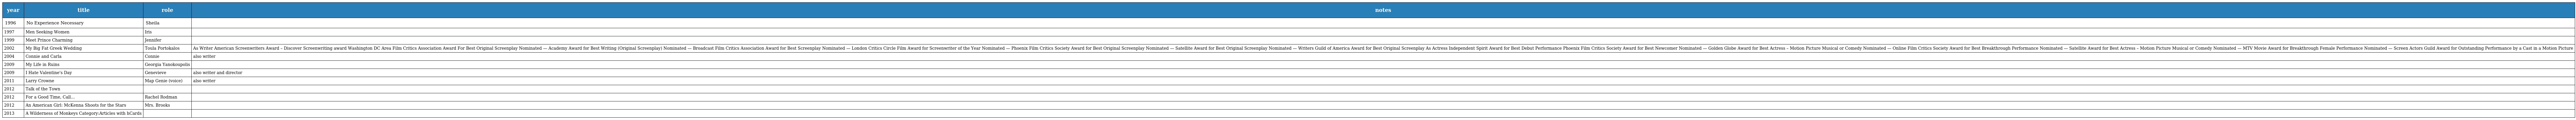
| year | title | role | notes |
 | --- | --- | --- | --- |
 | 1996 | No Experience Necessary | Sheila |  |
 | 1997 | Men Seeking Women | Iris |  |
 | 1999 | Meet Prince Charming | Jennifer |  |
 | 2002 | My Big Fat Greek Wedding | Toula Portokalos | As Writer American Screenwriters Award – Discover Screenwriting award Washington DC Area Film Critics Association Award For Best Original Screenplay Nominated — Academy Award for Best Writing (Original Screenplay) Nominated — Broadcast Film Critics Association Award for Best Screenplay Nominated — London Critics Circle Film Award for Screenwriter of the Year Nominated — Phoenix Film Critics Society Award for Best Original Screenplay Nominated — Satellite Award for Best Original Screenplay Nominated — Writers Guild of America Award for Best Original Screenplay As Actress Independent Spirit Award for Best Debut Performance Phoenix Film Critics Society Award for Best Newcomer Nominated — Golden Globe Award for Best Actress – Motion Picture Musical or Comedy Nominated — Online Film Critics Society Award for Best Breakthrough Performance Nominated — Satellite Award for Best Actress – Motion Picture Musical or Comedy Nominated — MTV Movie Award for Breakthrough Female Performance Nominated — Screen Actors Guild Award for Outstanding Performance by a Cast in a Motion Picture |
 | 2004 | Connie and Carla | Connie | also writer |
 | 2009 | My Life in Ruins | Georgia Yanokoupolis |  |
 | 2009 | I Hate Valentine's Day | Genevieve | also writer and director |
 | 2011 | Larry Crowne | Map Genie (voice) | also writer |
 | 2012 | Talk of the Town |  |  |
 | 2012 | For a Good Time, Call... | Rachel Rodman |  |
 | 2012 | An American Girl: McKenna Shoots for the Stars | Mrs. Brooks |  |
 | 2013 | A Wilderness of Monkeys Category:Articles with hCards |  |  |